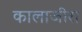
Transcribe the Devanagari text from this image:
कालाजीरा